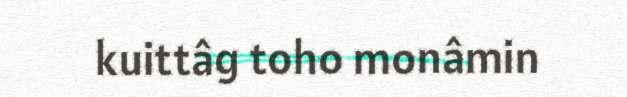
kuittâg toho monâmin